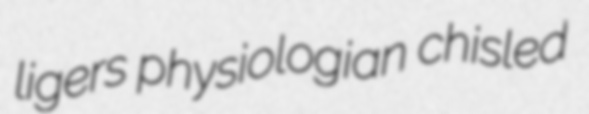
ligers physiologian chisled